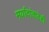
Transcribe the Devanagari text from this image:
मर्यादांकडेही